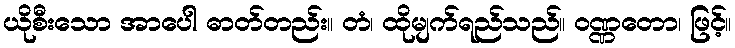
ယိုစီးသော အာပေါ ဓာတ်တည်း။ တံ၊ ထိုမျက်ရည်သည်။ ဝဏ္ဏတော၊ ဖြင့်။